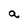
Character: a